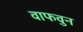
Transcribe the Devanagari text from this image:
वाफवुन